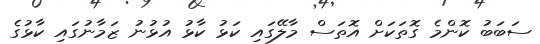
ސަބަބު ކޮންމެ ގޮތަކަށް އޮތަސް މާލޭގައި ކަޅު ކާޅު އުޅުނު ޒަމާނުގައި ކާޅުގެ